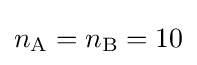
n_{\mathrm {A} }=n_{\mathrm {B} }=10